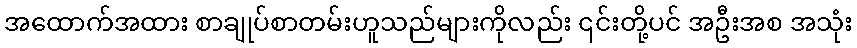
အထောက်အထား စာချုပ်စာတမ်းဟူသည်များကိုလည်း ၎င်းတို့ပင် အဦးအစ အသုံး